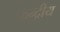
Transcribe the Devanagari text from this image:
कन्द्रीय